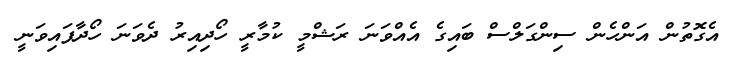
އެގޮތުން އަންހެން ސިންގަލްސް ބައިގެ އެއްވަނަ ރަޝްމީ ކުމާރީ ހޯދިއިރު ދެވަނަ ހޯދާފައިވަނީ